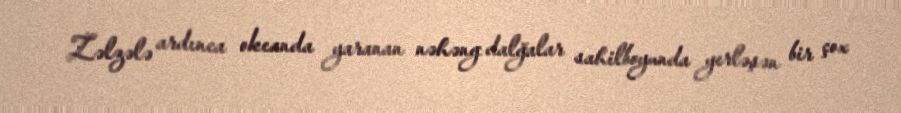
Zəlzələ ardınca okeanda yaranan nəhəng dalğalar sahilboyunda yerləşən bir çox